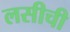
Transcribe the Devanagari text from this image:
लसीची